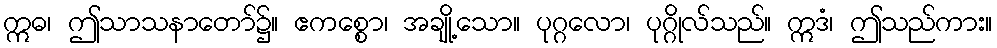
ဣဓ၊ ဤသာသနာတော်၌။ ဧကစ္စော၊ အချို့သော။ ပုဂ္ဂလော၊ ပုဂ္ဂိုလ်သည်။ ဣဒံ၊ ဤသည်ကား။